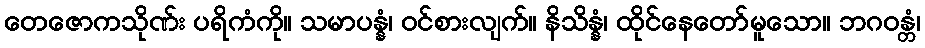
တေဇောကသိုဏ်း ပရိကံကို။ သမာပန္နံ၊ ဝင်စားလျက်။ နိသိန္နံ၊ ထိုင်နေတော်မူသော။ ဘဂဝန္တံ၊